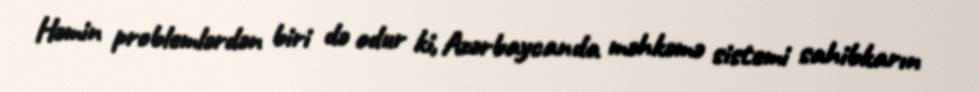
Həmin problemlərdən biri də odur ki, Azərbaycanda məhkəmə sistemi sahibkarın